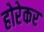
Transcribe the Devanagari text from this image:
होरेकर